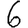
Digit: 6